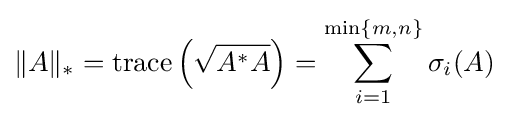
\|A\|_{*}=\operatorname {trace} \left({\sqrt {A^{*}A}}\right)=\sum _{i=1}^{\min\{m,n\}}\sigma _{i}(A)